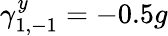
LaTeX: \gamma_{1,-1}^{y}=-0.5g